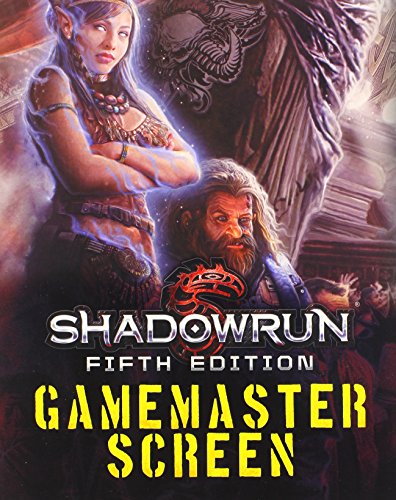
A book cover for Shadowrun 5th E GM Screen; Science Fiction & Fantasy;